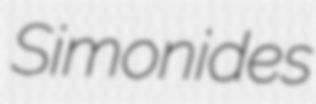
Simonides